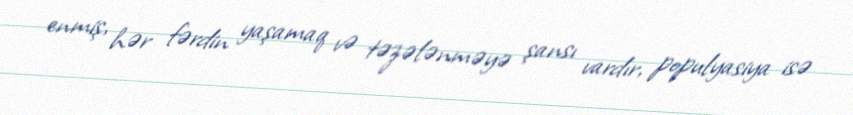
enmiş, hər fərdin yaşamaq və təzələnməyə şansı vardır, populyasiya isə